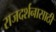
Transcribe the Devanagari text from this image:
राजदर्शनासाठी